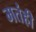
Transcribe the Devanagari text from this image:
मतंही